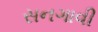
સનગાવી